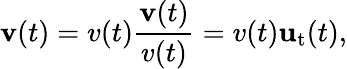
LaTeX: \mathbf{v}(t)=v(t){\frac{\mathbf{v}(t)}{v(t)}}=v(t)\mathbf{u}_{\mathrm{t}}(t),